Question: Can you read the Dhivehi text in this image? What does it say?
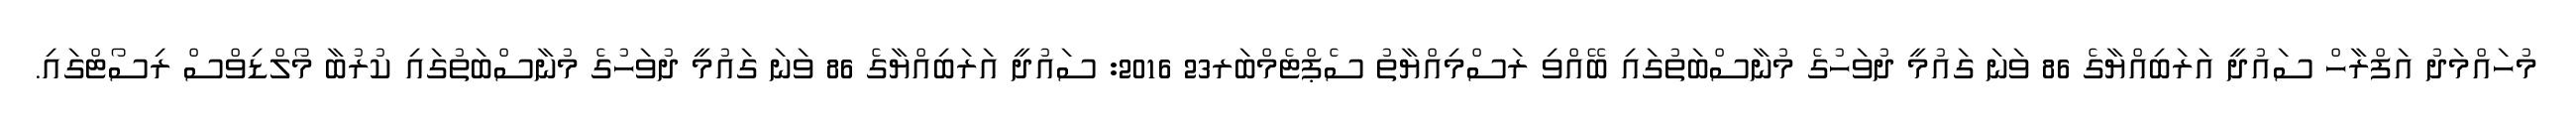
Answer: މުހައްމަދު އަފްރާހް ސައުދީ އަރަބިއްޔާގެ 86 ވަނަ ގައުމީ ދުވަހުގެ މުނާސްބަތުގައި ބޭއްވި ރަސްމިއްޔާތު ސެޕްޓެމްބަރ23 2016: ސައުދީ އަރަބިއްޔާގެ 86 ވަނަ ގައުމީ ދުވަހުގެ މުނާސްބަތުގައި ކުރުބާ މޯލްޑިވްސް ރިސޯޓްގައި.